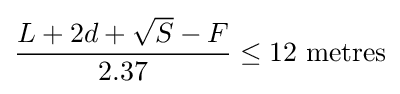
{\frac {L+2d+{\sqrt {S}}-F}{2.37}}\leq 12{\mbox{ metres}}